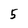
Character: 5